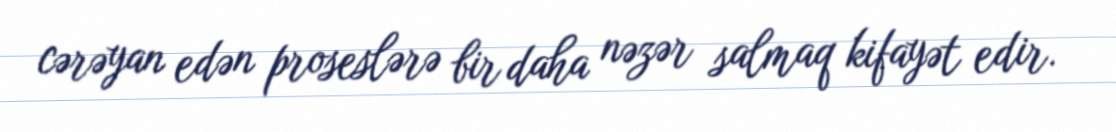
cərəyan edən proseslərə bir daha nəzər salmaq kifayət edir.